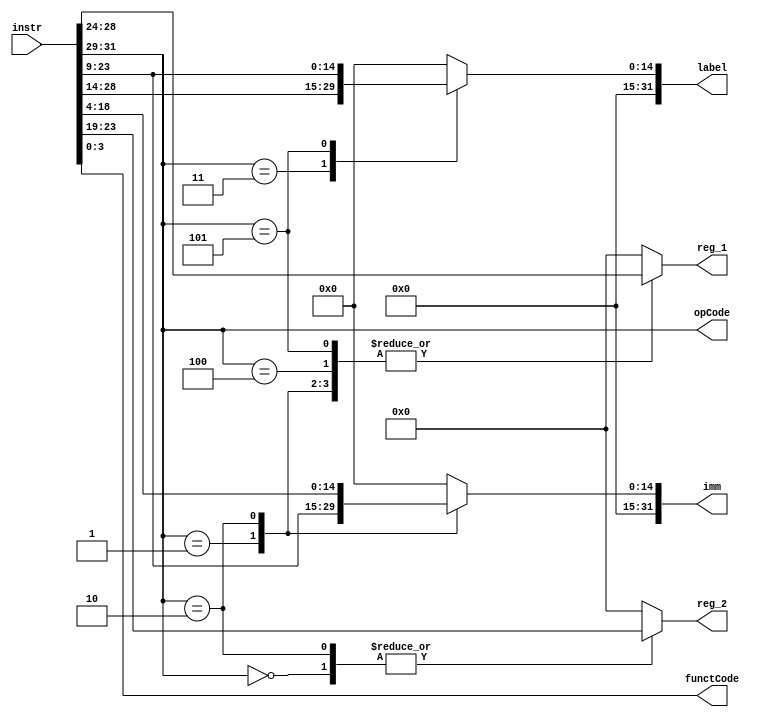
`timescale 1ns / 1ps
//////////////////////////////////////////////////////////////////////////////////
// Company: 
// Engineer: 
// 
// Design Name: 
// Module Name:    Instruction_decoder 
// Project Name: 
// Target Devices: 
// Tool versions: 
// Description: 
//
// Dependencies: 
//
// Revision: 
// Revision 0.01 - File Created
// Additional Comments: 
//
//////////////////////////////////////////////////////////////////////////////////
module Instruction_Decoder(instr, opCode, functCode, reg_1, reg_2, imm, label);
input [31:0]instr;
output reg [2:0]opCode;
output reg [3:0]functCode;
output reg [4:0]reg_1;
output reg [4:0]reg_2;
output reg [31:0]imm;
output reg [31:0]label;

	always @(instr)
	begin
	reg_1 = 5'd0;
	reg_2 = 5'd0;
	imm = 32'd0;
	label = 32'd0;
	opCode = instr[31:29];
	functCode = instr[3:0];
	case(opCode)
	3'b000:begin
			reg_1 = instr[28:24];
			reg_2 = instr[23:19];
			end
	3'b001:begin
			reg_1 = instr[28:24];
			imm[14:0] = instr[23:9];
			end
	3'b010:begin
			reg_1 = instr[28:24];
			reg_2 = instr[23:19];
			imm[14:0] = instr[18:4];
			end
	3'b011:begin
			label[14:0] = instr[28:14];
	end
	3'b100:begin
			reg_1 = instr[28:24];
			end
	3'b101:begin
			reg_1 = instr[28:24];
			label[14:0] = instr[23:9];
			end
	default:begin
				reg_1 = 5'd0;
				reg_2 = 5'd0;
				imm[14:0] = 15'd0;
				label[14:0] = 15'd0;
				end
	endcase
	end
endmodule